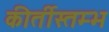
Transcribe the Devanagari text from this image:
कीर्तीस्तम्भ